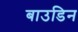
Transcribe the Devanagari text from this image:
बाउडिन